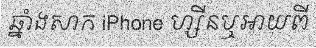
ឆ្នាំងសាក iPhone ហ្សីនឬអាយពី